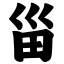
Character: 甾